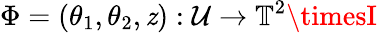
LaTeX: \Phi=(\theta_{1},\theta_{2},\mathit{z}):\mathcal{{U}}\to\mathbb{{T}}^{2}\timesI